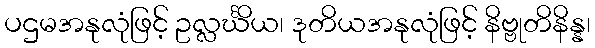
ပဌမအနုလုံဖြင့် ဥလ္လင်္ဃိယ၊ ဒုတိယအနုလုံဖြင့် နိဗ္ဗုတိနိန္န၊